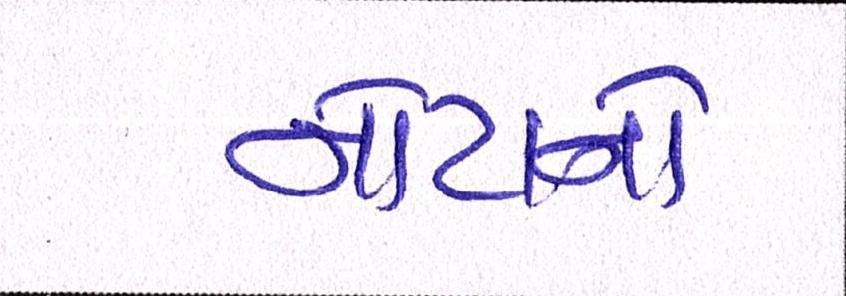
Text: નોટાનો